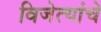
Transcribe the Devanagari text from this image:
विजेत्यांचे